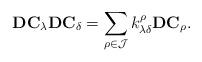
LaTeX: \begin{align*}\textbf{DC}_\lambda\textbf{DC}_\delta=\sum_{\rho \in \mathcal{J}}k^\rho_{\lambda\delta}\textbf{DC}_\rho.\end{align*}